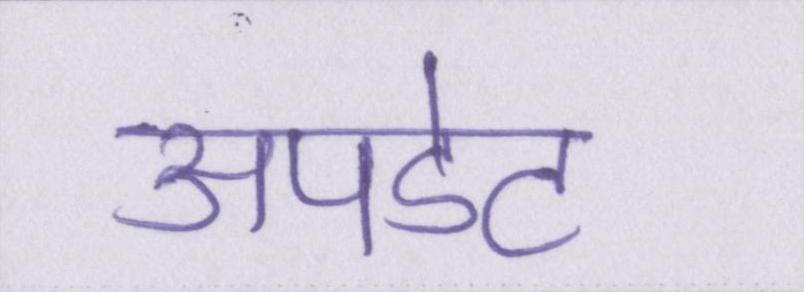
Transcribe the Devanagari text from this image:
अपडेट